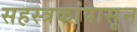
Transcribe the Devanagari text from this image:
सहस्त्रकांपासून